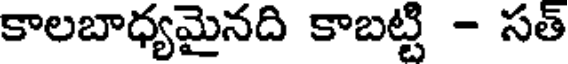
కాలబాధ్యమైనది కాబట్టి - సత్